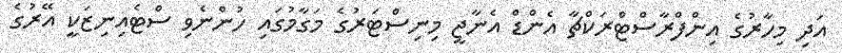
އަދި މިހާރުގެ އިންފްރާސްޓްރަކްޗާ އެންޑް އެނާޖީ މިނިސްޓަރުގެ މަގާމުގައި ހުންނެވި ސްޓެއިނިޒަކީ އޭރުގެ